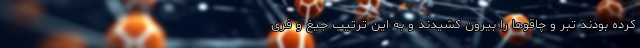
کرده بودند تبر و چاقو‌ها را بیرون کشیدند و به این ترتیب جیغ و فری